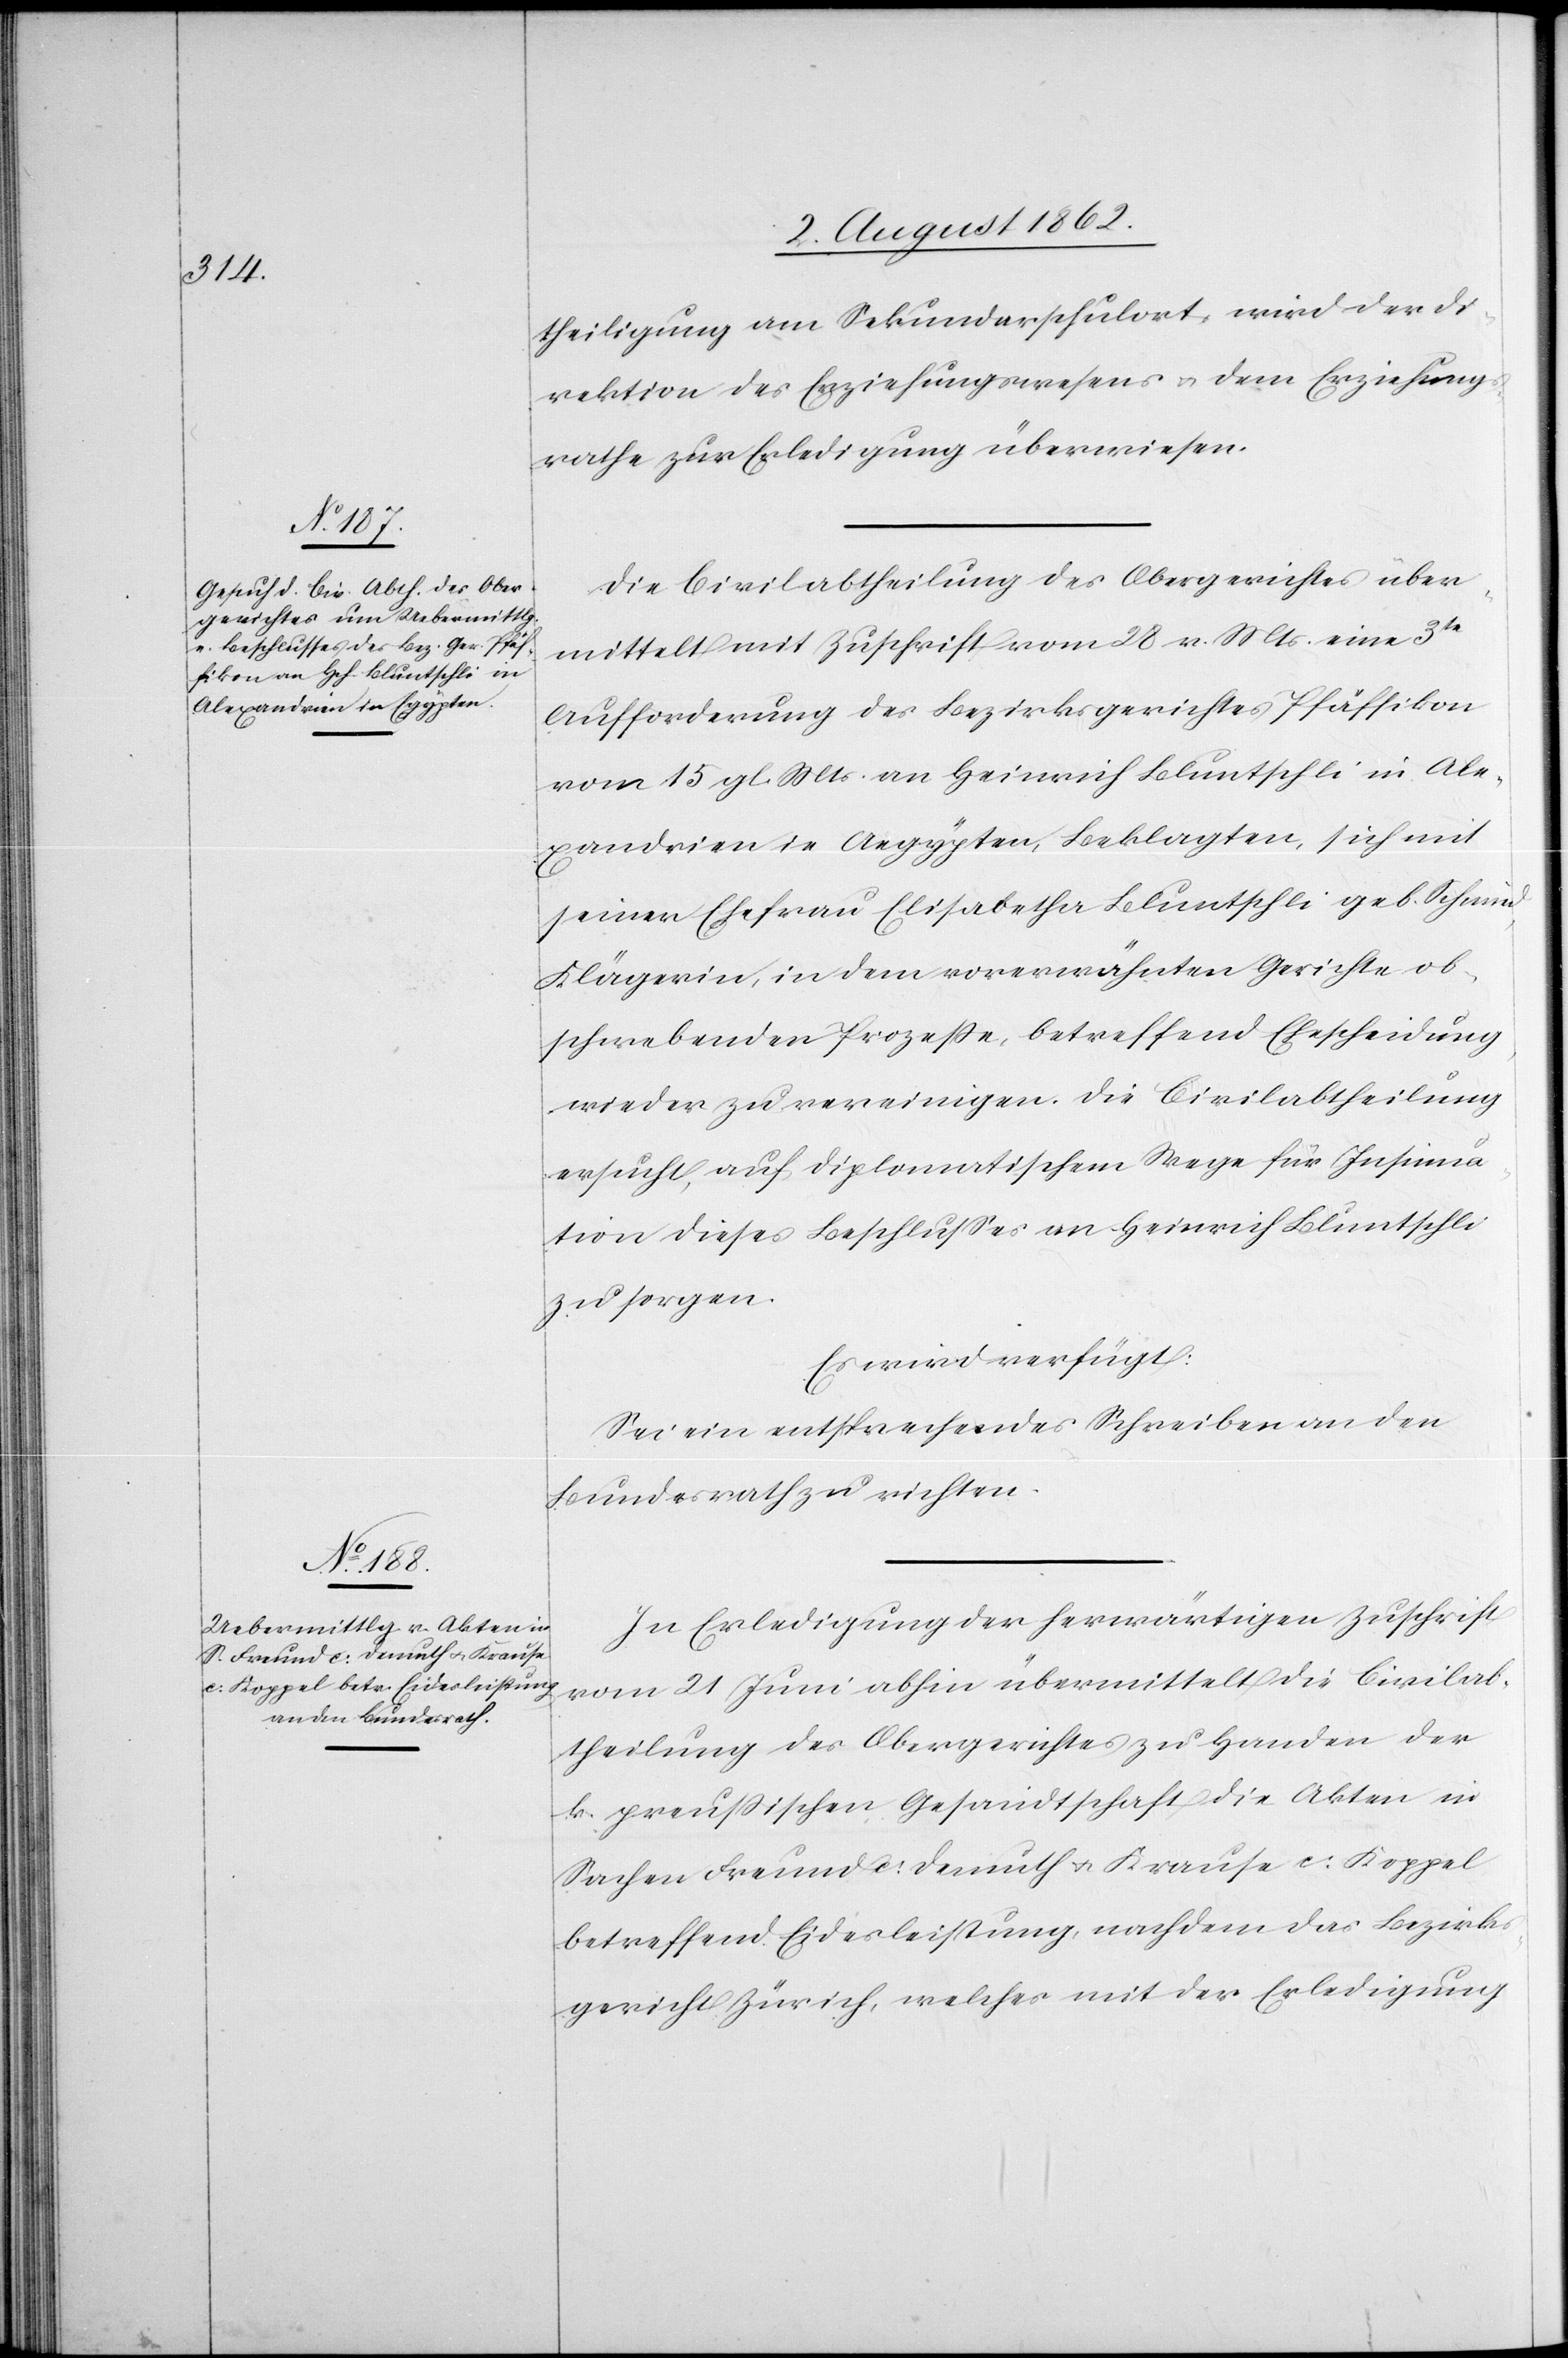
6. August 1862.]
theiligung am Sekundarschulort, wird der Di¬
rektion des Erziehungswesens u. dem Erziehung¬
srathe zur Erledigung überwiesen.
Die Civilabtheilung des Obergerichtes über¬
mittelt mit Zuschrift vom 28. v. Mts. eine 3te
Aufforderung des Bezirksgerichtes Pfäffikon
vom 15. gl. Mts. an Heinrich Bluntschli in Ale¬
xandrien in Aegypten, Beklagten, sich mit
seiner Ehrfrau Elisabetha Bluntschli geb. Schmid,
Klägerin, in dem vorerwähnten Gerichte ob¬
schwebenden Prozeße, betreffend Ehescheidung,
wieder zu vereinigen. Die Civilabtheilung
ersucht, auf diplomatischem Wege für Insinua¬
tion dieses Beschlusses an Heinrich Bluntschli
zu sorgen.
Es wird verfügt:
Sei ein entsprechendes Schreiben an den
Bundesrath zu richten.
In Erledigung der herwärtigen Zuschrift
vom 21. Juni abhin übermittelt die Civilab¬
theilung des Obergerichtes zu Handen der
k. preußischen Gesandtschaft die Akten in
Sachen Freund c: Demuth u. Krause c: Koppel
betreffend Eidesleistung, nachdem das Bezirks¬
gericht Zürich, welches mit der Erledigung